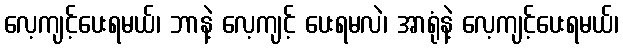
လေ့ကျင့်ပေးရမယ်၊ ဘာနဲ့ လေ့ကျင့် ပေးရမလဲ၊ အာရုံနဲ့ လေ့ကျင့်ပေးရမယ်၊